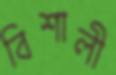
বিশালী